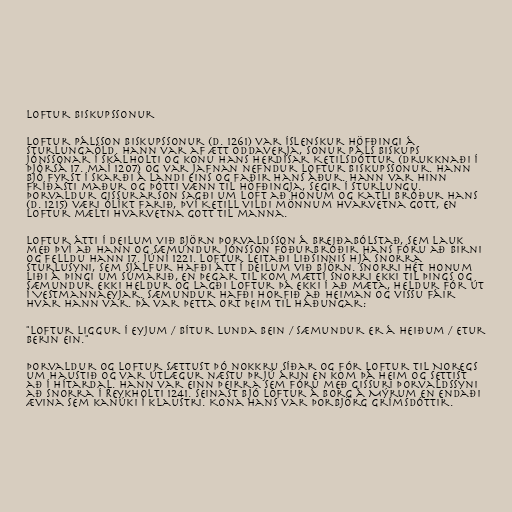
Loftur biskupssonur

Loftur Pálsson biskupssonur (d. 1261) var íslenskur höfðingi á
Sturlungaöld. Hann var af ætt Oddaverja, sonur Páls biskups
Jónssonar í Skálholti og konu hans Herdísar Ketilsdóttur (drukknaði í
Þjórsá 17. maí 1207) og var jafnan nefndur Loftur biskupssonur. Hann
bjó fyrst í Skarði á Landi eins og faðir hans áður. Hann var hinn
fríðasti maður og þótti vænn til höfðingja, segir í Sturlungu.
Þorvaldur Gissurarson sagði um Loft að honum og Katli bróður hans
(d. 1215) væri ólíkt farið, því Ketill vildi mönnum hvarvetna gott, en
Loftur mælti hvarvetna gott til manna.

Loftur átti í deilum við Björn Þorvaldsson á Breiðabólstað, sem lauk
með því að hann og Sæmundur Jónsson föðurbróðir hans fóru að Birni
og felldu hann 17. júní 1221. Loftur leitaði liðsinnis hjá Snorra
Sturlusyni, sem sjálfur hafði átt í deilum við Björn. Snorri hét honum
liði á þingi um sumarið, en þegar til kom mætti Snorri ekki til þings og
Sæmundur ekki heldur og lagði Loftur þá ekki í að mæta, heldur fór út
í Vestmannaeyjar. Sæmundur hafði horfið að heiman og vissu fáir
hvar hann var. Þá var þetta ort þeim til háðungar:

"Loftur liggur í Eyjum / bítur lunda bein / Sæmundur er á heiðum / etur
berin ein."

Þorvaldur og Loftur sættust þó nokkru síðar og fór Loftur til Noregs
um haustið og var útlægur næstu þrjú árin en kom þá heim og settist
að í Hítardal. Hann var einn þeirra sem fóru með Gissuri Þorvaldssyni
að Snorra í Reykholti 1241. Seinast bjó Loftur á Borg á Mýrum en endaði
ævina sem kanúki í klaustri. Kona hans var Þorbjörg Grímsdóttir.